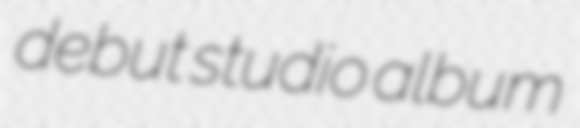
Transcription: debut studio album